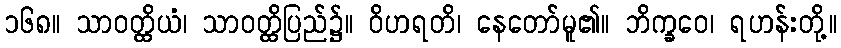
၁၆၈။ သာဝတ္ထိယံ၊ သာဝတ္ထိပြည်၌။ ဝိဟရတိ၊ နေတော်မူ၏။ ဘိက္ခဝေ၊ ရဟန်းတို့။